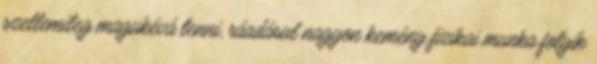
szellemileg magukévá tenni, ráadásul nagyon kemény fizikai munka folyik